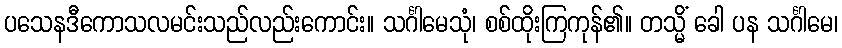
ပသေနဒီကောသလမင်းသည်လည်းကောင်း။ သင်္ဂါမေသုံ၊ စစ်ထိုးကြကုန်၏။ တသ္မိံ ခေါ ပန သင်္ဂါမေ၊